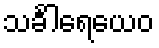
သင်္ခါရေယေဝ